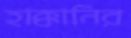
হাক্কানির